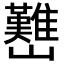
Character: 𡿊